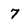
Character: 7